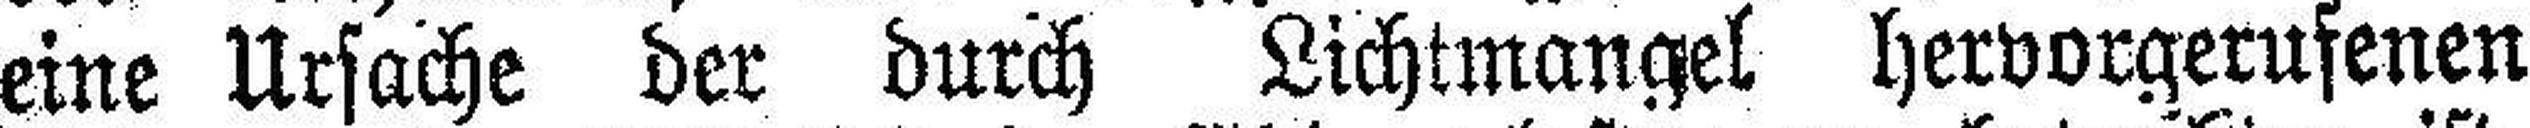
eine Ursache der durch Lichtmangel hervorgerufenen